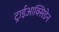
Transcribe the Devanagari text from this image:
ट्राईआक्सिडेन